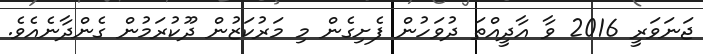
ޖަނަވަރީ 2016 ވާ އާދީއްތަ ދުވަހުން ފެށިގެން މި މަރުކަޒުން ދޫކުރަމުން ގެންދާނެއެވެ.